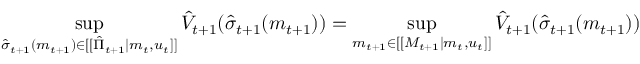
\operatorname* { s u p } _ { \hat { \sigma } _ { t + 1 } ( m _ { t + 1 } ) \in [ [ \hat { \Pi } _ { t + 1 } | m _ { t } , u _ { t } ] ] } \hat { V } _ { t + 1 } ( \hat { \sigma } _ { t + 1 } ( m _ { t + 1 } ) ) = \operatorname* { s u p } _ { m _ { t + 1 } \in [ [ M _ { t + 1 } | m _ { t } , u _ { t } ] ] } \hat { V } _ { t + 1 } ( \hat { \sigma } _ { t + 1 } ( m _ { t + 1 } ) )